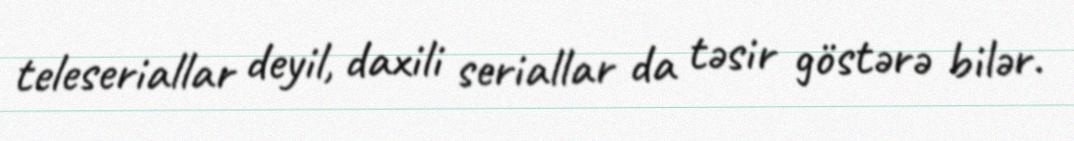
teleseriallar deyil, daxili seriallar da təsir göstərə bilər.